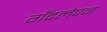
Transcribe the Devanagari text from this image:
गँदलेपन